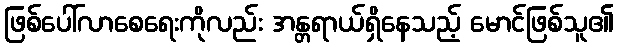
ဖြစ်ပေါ်လာစေရေးကိုလည်း အန္တရာယ်ရှိနေသည့် မောင်ဖြစ်သူ၏